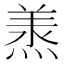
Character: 𭵠